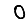
Digit: 0